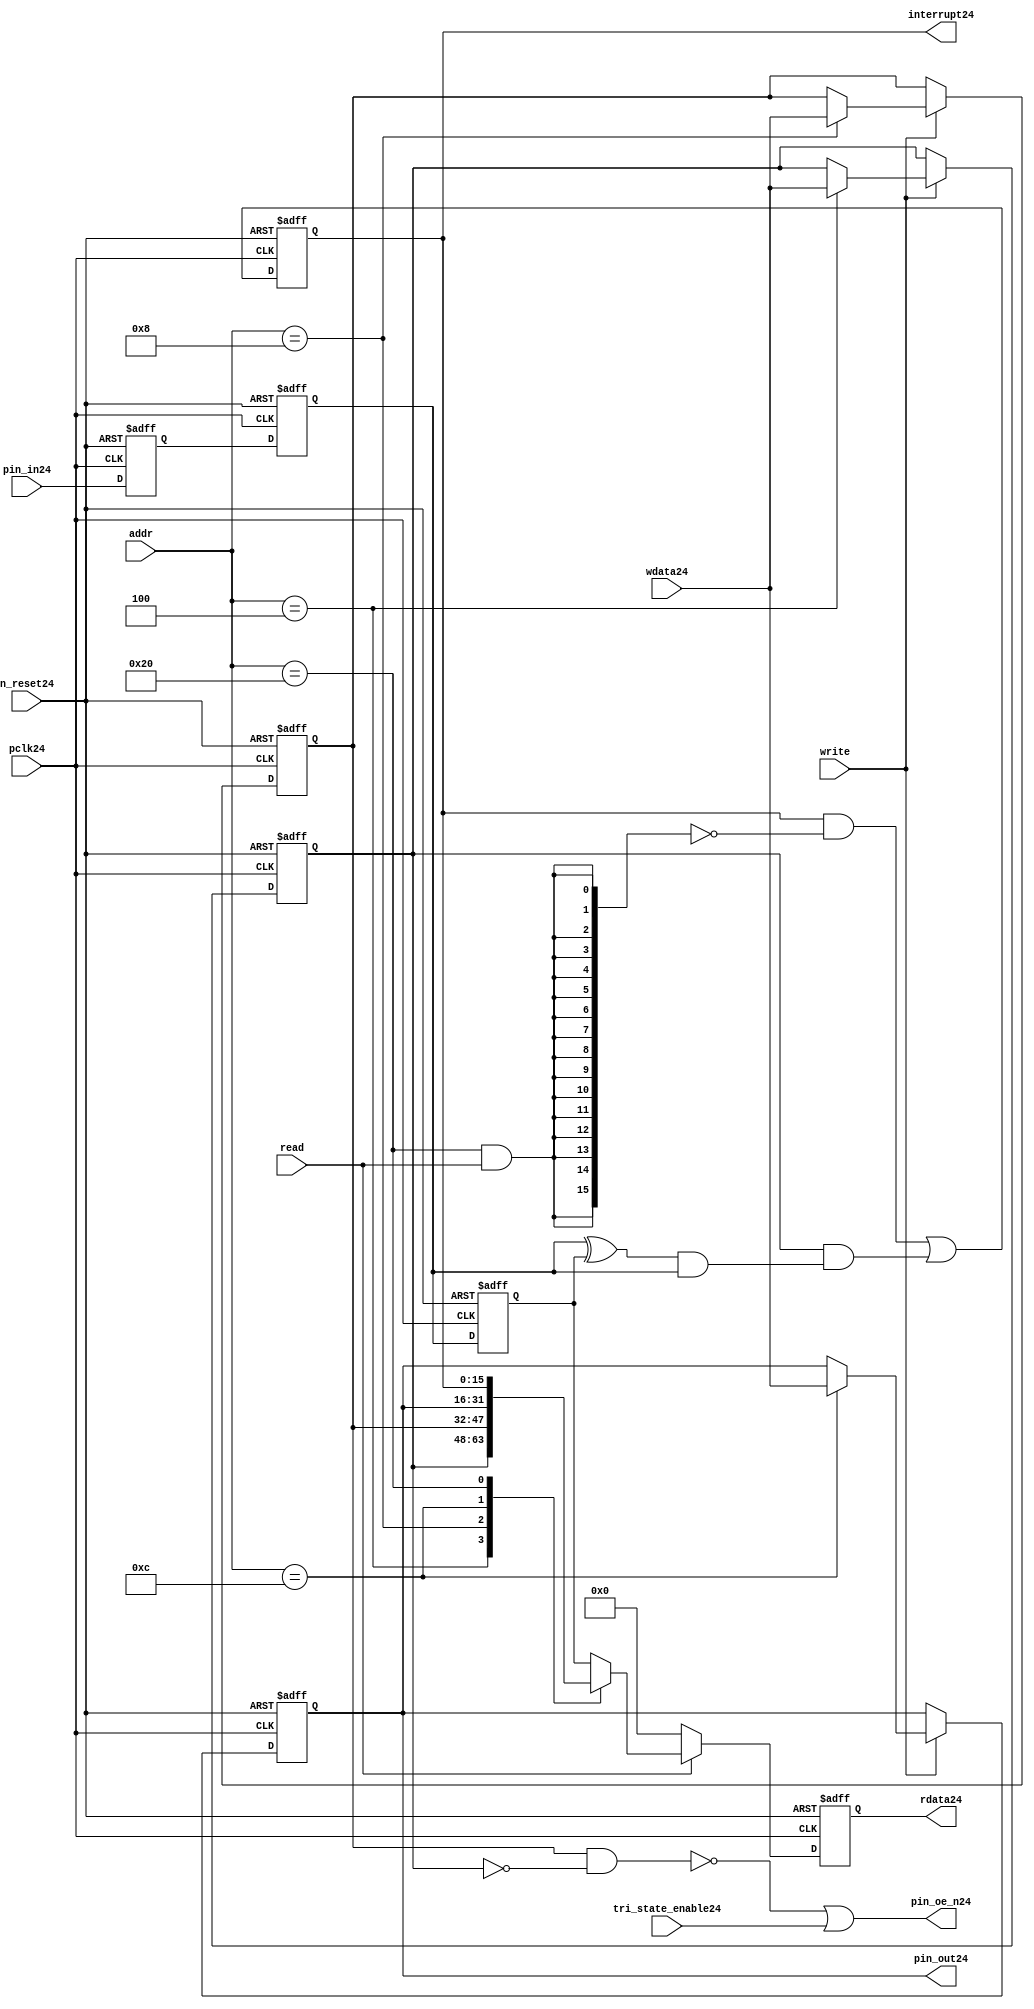
//File24 name   : gpio_lite_subunit24.v
//Title24       : 
//Created24     : 1999
//Description24 : Parametrised24 GPIO24 pin24 circuits24
//Notes24       : 
//----------------------------------------------------------------------
//   Copyright24 1999-2010 Cadence24 Design24 Systems24, Inc24.
//   All Rights24 Reserved24 Worldwide24
//
//   Licensed24 under the Apache24 License24, Version24 2.0 (the
//   "License24"); you may not use this file except24 in
//   compliance24 with the License24.  You may obtain24 a copy of
//   the License24 at
//
//       http24://www24.apache24.org24/licenses24/LICENSE24-2.0
//
//   Unless24 required24 by applicable24 law24 or agreed24 to in
//   writing, software24 distributed24 under the License24 is
//   distributed24 on an "AS24 IS24" BASIS24, WITHOUT24 WARRANTIES24 OR24
//   CONDITIONS24 OF24 ANY24 KIND24, either24 express24 or implied24.  See
//   the License24 for the specific24 language24 governing24
//   permissions24 and limitations24 under the License24.
//----------------------------------------------------------------------


module gpio_lite_subunit24(
  //Inputs24

  n_reset24,
  pclk24,

  read,
  write,
  addr,

  wdata24,
  pin_in24,

  tri_state_enable24,

  //Outputs24
 
  interrupt24,

  rdata24,
  pin_oe_n24,
  pin_out24

);
 
   // Inputs24
   
   // Clocks24   
   input n_reset24;            // asynch24 reset, active low24
   input pclk24;               // Ppclk24

   // Controls24
   input read;               // select24 GPIO24 read
   input write;              // select24 GPIO24 write
   input [5:0] 
         addr;               // address bus of selected master24

   // Dataflow24
   input [15:0]
         wdata24;              // GPIO24 Input24
   input [15:0]
         pin_in24;             // input data from pin24

   //Design24 for Test24 Inputs24
   input [15:0]
         tri_state_enable24;   // disables24 op enable -> Z24




   
   // Outputs24
   
   // Controls24
   output [15:0]
          interrupt24;         // interupt24 for input pin24 change

   // Dataflow24
   output [15:0]
          rdata24;             // GPIO24 Output24
   output [15:0]
          pin_oe_n24;          // output enable signal24 to pin24
   output [15:0]
          pin_out24;           // output signal24 to pin24
   



   
   // Registers24 in module

   //Define24 Physical24 registers in amba_unit24
   reg    [15:0]
          direction_mode24;     // 1=Input24 0=Output24              RW
   reg    [15:0]
          output_enable24;      // Output24 active                 RW
   reg    [15:0]
          output_value24;       // Value outputed24 from reg       RW
   reg    [15:0]
          input_value24;        // Value input from bus          R
   reg    [15:0]
          int_status24;         // Interrupt24 status              R

   // registers to remove metastability24
   reg    [15:0]
          s_synch24;            //stage_two24
   reg    [15:0]
          s_synch_two24;        //stage_one24 - to ext pin24
   
   
    
          
   // Registers24 for outputs24
   reg    [15:0]
          rdata24;              // prdata24 reg
   wire   [15:0]
          pin_oe_n24;           // gpio24 output enable
   wire   [15:0]
          pin_out24;            // gpio24 output value
   wire   [15:0]
          interrupt24;          // gpio24 interrupt24
   wire   [15:0]
          interrupt_trigger24;  // 1 sets24 interrupt24 status
   reg    [15:0]
          status_clear24;       // 1 clears24 interrupt24 status
   wire   [15:0]
          int_event24;          // 1 detects24 an interrupt24 event

   integer ia24;                // loop variable
   


   // address decodes24
   wire   ad_direction_mode24;  // 1=Input24 0=Output24              RW
   wire   ad_output_enable24;   // Output24 active                 RW
   wire   ad_output_value24;    // Value outputed24 from reg       RW
   wire   ad_int_status24;      // Interrupt24 status              R
   
//Register addresses24
//If24 modifying24 the APB24 address (PADDR24) width change the following24 bit widths24
parameter GPR_DIRECTION_MODE24   = 6'h04;       // set pin24 to either24 I24 or O24
parameter GPR_OUTPUT_ENABLE24    = 6'h08;       // contains24 oe24 control24 value
parameter GPR_OUTPUT_VALUE24     = 6'h0C;       // output value to be driven24
parameter GPR_INPUT_VALUE24      = 6'h10;       // gpio24 input value reg
parameter GPR_INT_STATUS24       = 6'h20;       // Interrupt24 status register

//Reset24 Values24
//If24 modifying24 the GPIO24 width change the following24 bit widths24
//parameter GPRV_RSRVD24            = 32'h0000_0000; // Reserved24
parameter GPRV_DIRECTION_MODE24  = 32'h00000000; // Default to output mode
parameter GPRV_OUTPUT_ENABLE24   = 32'h00000000; // Default 3 stated24 outs24
parameter GPRV_OUTPUT_VALUE24    = 32'h00000000; // Default to be driven24
parameter GPRV_INPUT_VALUE24     = 32'h00000000; // Read defaults24 to zero
parameter GPRV_INT_STATUS24      = 32'h00000000; // Int24 status cleared24



   //assign ad_bypass_mode24    = ( addr == GPR_BYPASS_MODE24 );   
   assign ad_direction_mode24 = ( addr == GPR_DIRECTION_MODE24 );   
   assign ad_output_enable24  = ( addr == GPR_OUTPUT_ENABLE24 );   
   assign ad_output_value24   = ( addr == GPR_OUTPUT_VALUE24 );   
   assign ad_int_status24     = ( addr == GPR_INT_STATUS24 );   

   // assignments24
   
   assign interrupt24         = ( int_status24);

   assign interrupt_trigger24 = ( direction_mode24 & int_event24 ); 

   assign int_event24 = ((s_synch24 ^ input_value24) & ((s_synch24)));

   always @( ad_int_status24 or read )
   begin : p_status_clear24

     for ( ia24 = 0; ia24 < 16; ia24 = ia24 + 1 )
     begin

       status_clear24[ia24] = ( ad_int_status24 & read );

     end // for ia24

   end // p_status_clear24

   // p_write_register24 : clocked24 / asynchronous24
   //
   // this section24 contains24 all the code24 to write registers

   always @(posedge pclk24 or negedge n_reset24)
   begin : p_write_register24

      if (~n_reset24)
      
       begin
         direction_mode24  <= GPRV_DIRECTION_MODE24;
         output_enable24   <= GPRV_OUTPUT_ENABLE24;
         output_value24    <= GPRV_OUTPUT_VALUE24;
       end
      
      else 
      
       begin
      
         if (write == 1'b1) // Write value to registers
      
          begin
              
            // Write Mode24
         
            if ( ad_direction_mode24 ) 
               direction_mode24 <= wdata24;
 
            if ( ad_output_enable24 ) 
               output_enable24  <= wdata24;
     
            if ( ad_output_value24 )
               output_value24   <= wdata24;

              

           end // if write
         
       end // else: ~if(~n_reset24)
      
   end // block: p_write_register24



   // p_metastable24 : clocked24 / asynchronous24 
   //
   // This24 process  acts24 to remove  metastability24 propagation
   // Only24 for input to GPIO24
   // In Bypass24 mode pin_in24 passes24 straight24 through

   always @(posedge pclk24 or negedge n_reset24)
      
   begin : p_metastable24
      
      if (~n_reset24)
        begin
         
         s_synch24       <= {16 {1'b0}};
         s_synch_two24   <= {16 {1'b0}};
         input_value24   <= GPRV_INPUT_VALUE24;
         
        end // if (~n_reset24)
      
      else         
        begin
         
         input_value24   <= s_synch24;
         s_synch24       <= s_synch_two24;
         s_synch_two24   <= pin_in24;

        end // else: ~if(~n_reset24)
      
   end // block: p_metastable24


   // p_interrupt24 : clocked24 / asynchronous24 
   //
   // These24 lines24 set and clear the interrupt24 status

   always @(posedge pclk24 or negedge n_reset24)
   begin : p_interrupt24
      
      if (~n_reset24)
         int_status24      <= GPRV_INT_STATUS24;
      
      else 
         int_status24      <= ( int_status24 & ~(status_clear24) // read & clear
                            ) |
                            interrupt_trigger24;             // new interrupt24
        
   end // block: p_interrupt24
   
   
   // p_read_register24  : clocked24 / asynchronous24 
   //
   // this process registers the output values

   always @(posedge pclk24 or negedge n_reset24)

      begin : p_read_register24
         
         if (~n_reset24)
         
           begin

            rdata24 <= {16 {1'b0}};

           end
           
         else //if not reset
         
           begin
         
            if (read == 1'b1)
            
              begin
            
               case (addr)
            
                  
                  GPR_DIRECTION_MODE24:
                     rdata24 <= direction_mode24;
                  
                  GPR_OUTPUT_ENABLE24:
                     rdata24 <= output_enable24;
                  
                  GPR_OUTPUT_VALUE24:
                     rdata24 <= output_value24;
                  
                  GPR_INT_STATUS24:
                     rdata24 <= int_status24;
                  
                  default: // if GPR_INPUT_VALUE24 or unmapped reg addr
                     rdata24 <= input_value24;
            
               endcase
            
              end //end if read
            
            else //in not read
            
              begin // if not a valid read access, keep24 '0'-s 
              
               rdata24 <= {16 {1'b0}};
              
              end //end if not read
              
           end //end else if not reset

      end // p_read_register24


   assign pin_out24 = 
        ( output_value24 ) ;
     
   assign pin_oe_n24 = 
      ( ( ~(output_enable24 & ~(direction_mode24)) ) |
        tri_state_enable24 ) ;

                
  
endmodule // gpio_subunit24